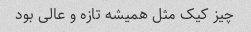
چیز کیک مثل همیشه تازه و عالی بود